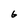
Character: 6